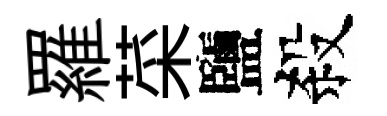
羅菜鹽殺